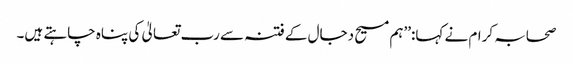
صحابہ کرام نے کہا:’’ہم مسیح دجال کے فتنہ سے رب تعالیٰ کی پناہ چاہتے ہیں۔